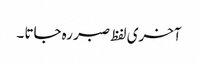
آخری لفظ صبر رہ جاتا ۔